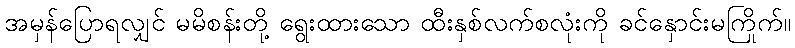
အမှန်ပြောရလျှင် မမိစန်းတို့ ရွေးထားသော ထီးနှစ်လက်စလုံးကို ခင်နှောင်းမကြိုက်။